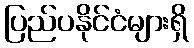
ပြည်ပနိုင်ငံများရှိ